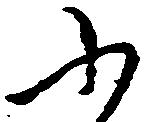
ふ